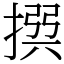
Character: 𢰅